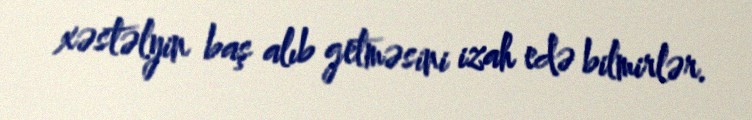
xəstəlyin baş alıb getməsini izah edə bilmirlər.